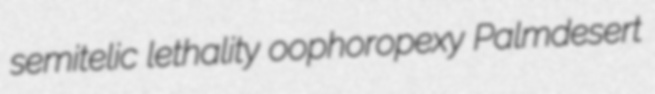
semitelic lethality oophoropexy Palmdesert